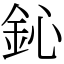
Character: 鈊